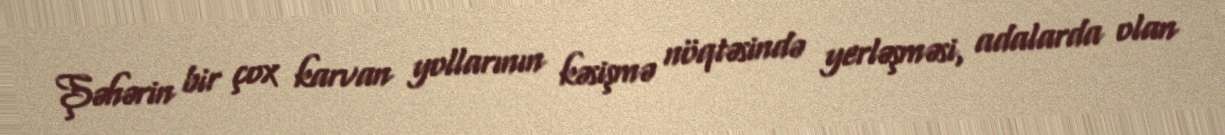
Şəhərin bir çox karvan yollarının kəsişmə nöqtəsində yerləşməsi, adalarda olan